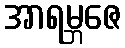
အာရမ္ဘဇေ